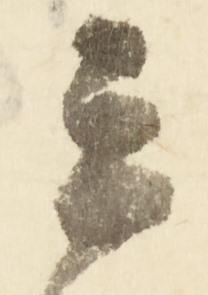
云